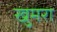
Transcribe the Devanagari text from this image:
खुमरा